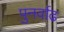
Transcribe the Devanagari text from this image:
पुनर्वाढ